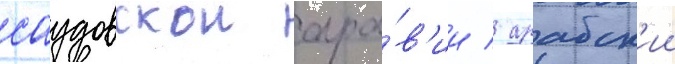
саудовскои ара́в'ии / арабск'ии